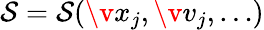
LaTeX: {\cal S}={\cal S}(\v{x}_{j},\v{v}_{j},\ldots)